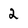
Character: 2